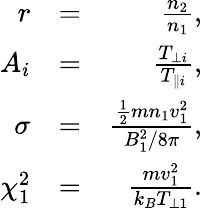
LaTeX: \begin{array}{rlr}{r}&{=}&{\frac{n_{2}}{n_{1}},}\\ {A_{i}}&{=}&{\frac{T_{\perp i}}{T_{\parallel i}},}\\ {\sigma}&{=}&{\frac{\frac{1}{2}mn_{1}v_{1}^{2}}{B_{1}^{2}/8\pi},}\\ {\chi_{1}^{2}}&{=}&{\frac{mv_{1}^{2}}{k_{B}T_{\perp 1}}.}\end{array}